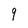
Character: 9